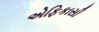
એફિકાસી